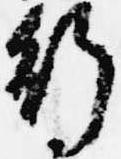
行